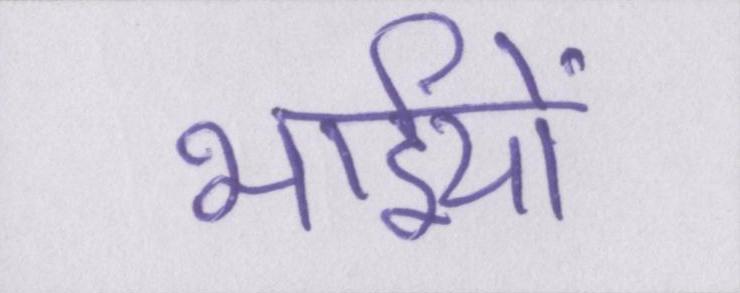
भाईयों